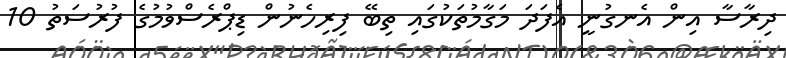
ދިރާސާ އިން އެނގުނީ އެފަދަ މަގާމުތަކުގައި ތިބޭ ފިރިހެނުން ޑިޕްރެސްވުމުގެ ފުރުސަތު 10